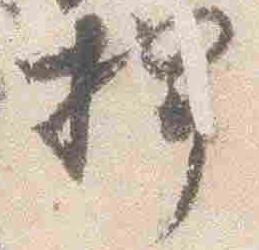
捍